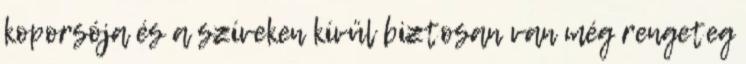
koporsója és a szíveken kívül biztosan van még rengeteg